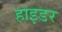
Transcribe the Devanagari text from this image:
हाइडर